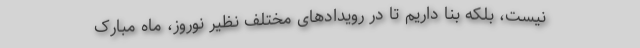
نیست، بلکه بنا داریم تا در رویدادهای مختلف نظیر نوروز، ماه مبارک